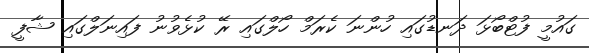
ގައުމީ ފުޓްބޯޅަ ދަނޑުގައި ހުންނަ ކެރަމް ހޯލްގައި ރޭ ކުޅެވުނު ފައިނަލްގައި ޝާފީ